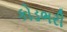
કોડભરી